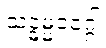
သဒ္ဓမ္မဝဂ္ဂေါ